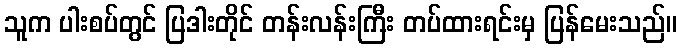
သူက ပါးစပ်တွင် ပြဒါးတိုင် တန်းလန်းကြီး တပ်ထားရင်းမှ ပြန်မေးသည်။